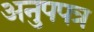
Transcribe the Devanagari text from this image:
अनुपपत्र